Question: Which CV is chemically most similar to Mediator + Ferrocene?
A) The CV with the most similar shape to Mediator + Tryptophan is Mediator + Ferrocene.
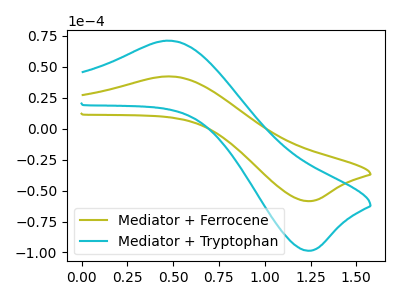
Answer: <think>The olive curve "Mediator + Ferrocene" has an anodic peak at (0.45V, 42.15uA) and a cathodic peak at (1.25V, -58.55uA). The cyan curve "Mediator + Tryptophan" has an anodic peak at (0.45V, 70.95uA) and a cathodic peak at (1.25V, -98.60uA).
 All the peaks in "Mediator + Ferrocene" have a peak in "Mediator + Tryptophan" at the same potential. Every peak in "Mediator + Ferrocene" is lower than every peak in "Mediator + Tryptophan".</think>
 <answer>A) The CV with the most similar shape to "Mediator + Tryptophan" is "Mediator + Ferrocene".</answer>
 <eval>A</eval>